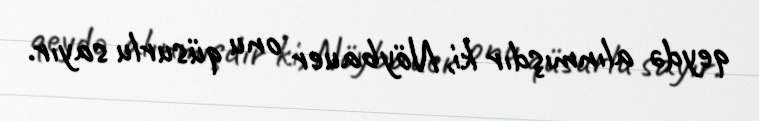
qeydə alınmışdır ki, Nöybauer onu qüsurlu sayır.